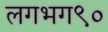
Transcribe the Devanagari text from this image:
लगभग९०